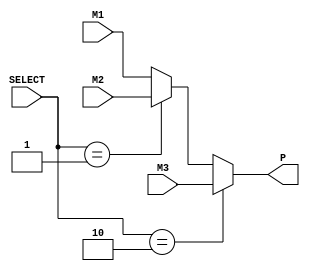
module MUX (
	input wire [8:0] M1,
	input wire [8:0] M2,
	input wire [8:0] M3,
	input wire [7:0] SELECT,
	output wire [8:0] P
);

assign P = (SELECT == 2) ? M3 : (SELECT == 1) ? M2 : M1;

endmodule